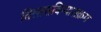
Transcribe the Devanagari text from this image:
विलासविन्यासक्रम